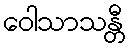
ဝေါသာသန္တီ